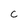
Character: C